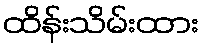
ထိန်းသိမ်းထား